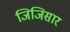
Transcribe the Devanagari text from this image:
जिजिसार